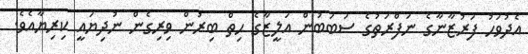
އެދުވަހު ފަރުޒާނާގެ ނަފްރަތުގެ ސަބަބުން އަލީޒާގެ ހިތް ބިރުން ވިރިގެން ނުދިޔައީ ކިރިޔާއެވެ.